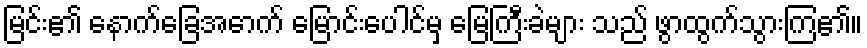
မြင်း၏ နောက်ခြေအောက် မြောင်းပေါင်မှ မြေကြီးခဲများ သည် ဖွာထွက်သွားကြ၏။